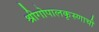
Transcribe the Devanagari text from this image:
श्रीगोपालकृस्णाची